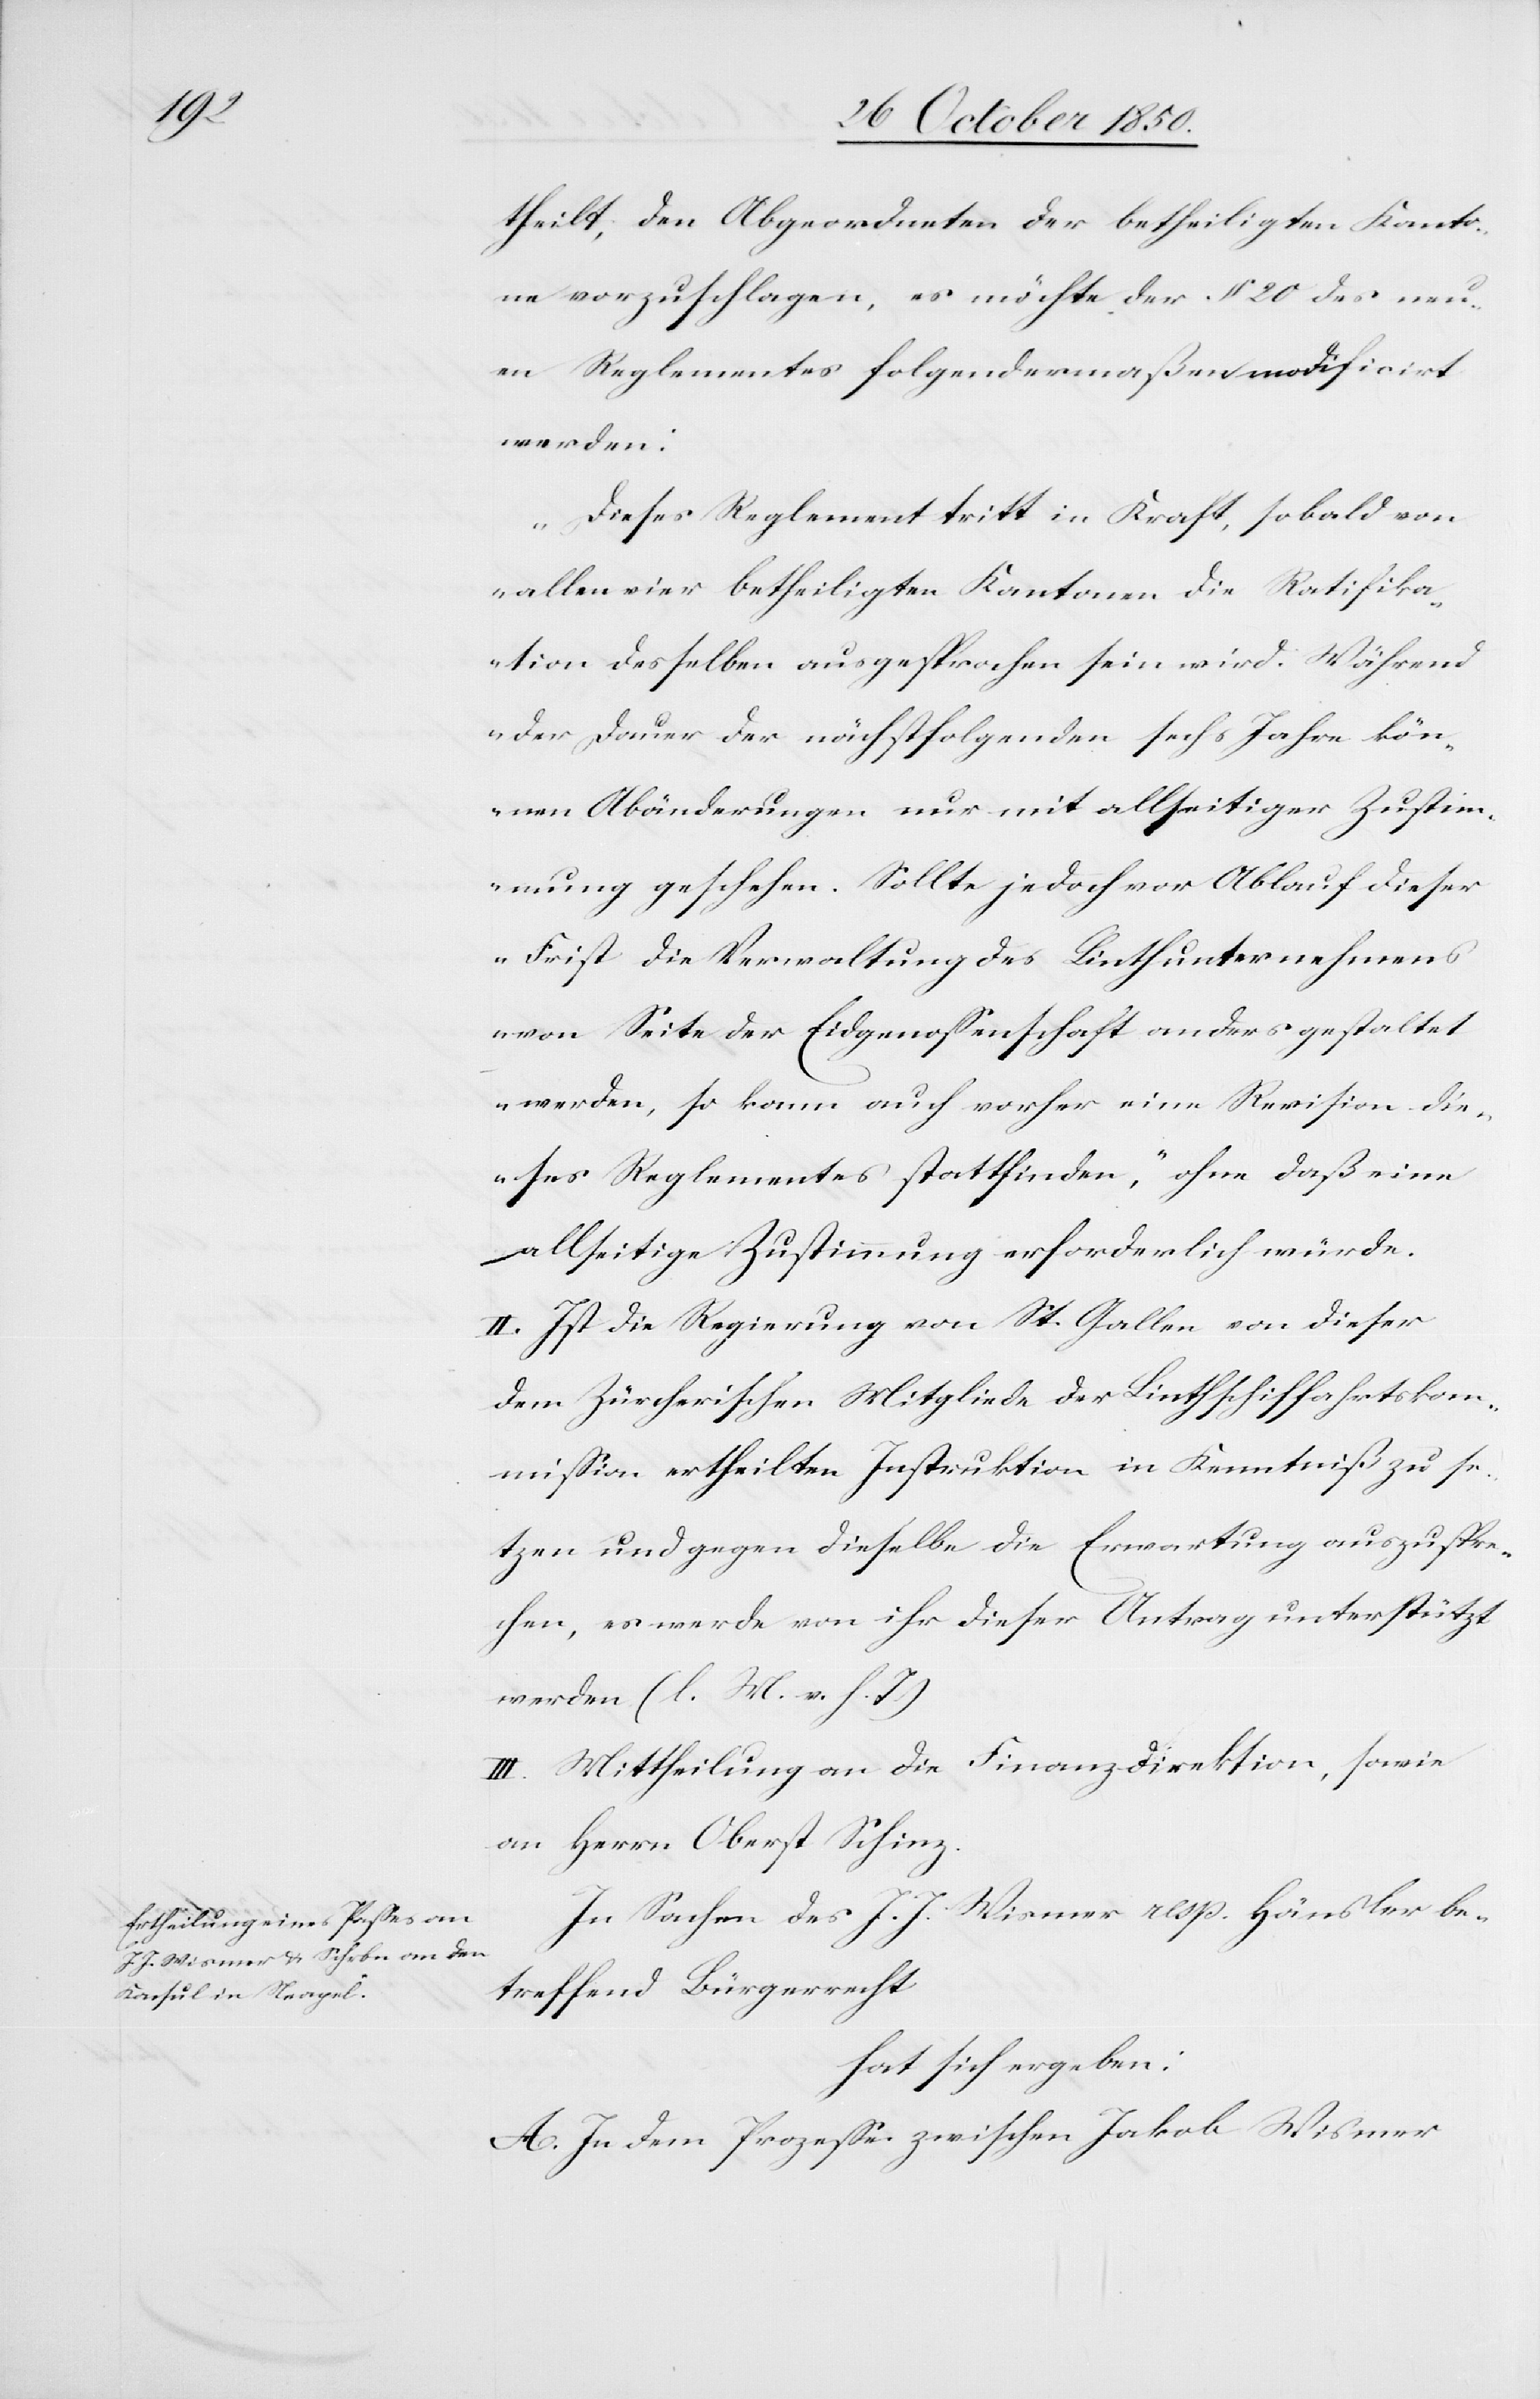
theilt, den Abgeordneten der betheiligten Kanto¬
ne vorzuschlagen, es möchte der § 20 des neu¬
en Reglementes folgendermaßen modificirt
werden:
„Dieses Reglement tritt in Kraft, sobald von
allen vier betheiligten Kantonen die Ratifika¬
tion desselben ausgesprochen sein wird. Während
der Dauer der nächstfolgenden sechs Jahre kön¬
nen Abänderungen nur mit allseitiger Zustim¬
mung geschehen. Sollte jedoch vor Ablauf dieser
Frist die Verwaltung des Linthunternehmens
von Seite der Eidgenossenschaft anders gestaltet
werden, so kann auch vorher eine Revision die¬
ses Reglementes stattfinden,“ ohne daß eine
allseitige Zustimmung erforderlich würde.
II. Ist die Regierung von St. Gallen von dieser
dem Zürcherischen Mitglied der Linthschiffahrtskom¬
mission ertheilten Instruktion in Kenntniß zu se¬
tzen und gegen dieselbe die Erwartung auszuspre¬
chen, es werde von ihr dieser Antrag unterstützt
werden (l. M. v. h. T)
III. Mittheilung an die Finanzdirektion, sowie
an Herrn Oberst Schinz.
In Sachen des J. J. Wismer resp. Hänsler be¬
treffend Bürgerrecht
hat sich ergeben:
A. In dem Prozesse zwischen Jakob Wismer